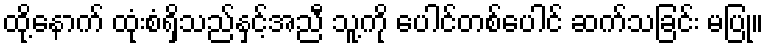
ထို့နောက် ထုံးစံရှိသည်နှင့်အညီ သူ့ကို ပေါင်တစ်ပေါင် ဆက်သခြင်း မပြု။